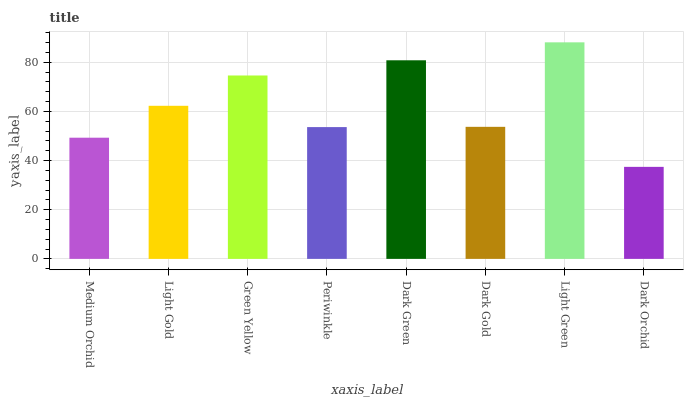
| xaxis_label | bars |
 | --- | --- |
 | Medium Orchid | 49.3 |
 | Light Gold | 62.3 |
 | Green Yellow | 74.6 |
 | Periwinkle | 53.6 |
 | Dark Green | 80.8 |
 | Dark Gold | 53.7 |
 | Light Green | 88.1 |
 | Dark Orchid | 37.4 |